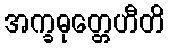
အက္ခဓုတ္တေဟီတိ